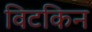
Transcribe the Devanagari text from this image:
विटकिन